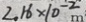
2 . 1 6 \times 1 0 ^ { - 2 } m